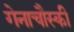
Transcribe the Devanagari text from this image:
गेनाचौस्की